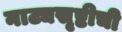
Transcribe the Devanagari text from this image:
नाट्यसृष्टीची